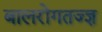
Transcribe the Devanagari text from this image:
बालरोगतज्‍ज्ञ